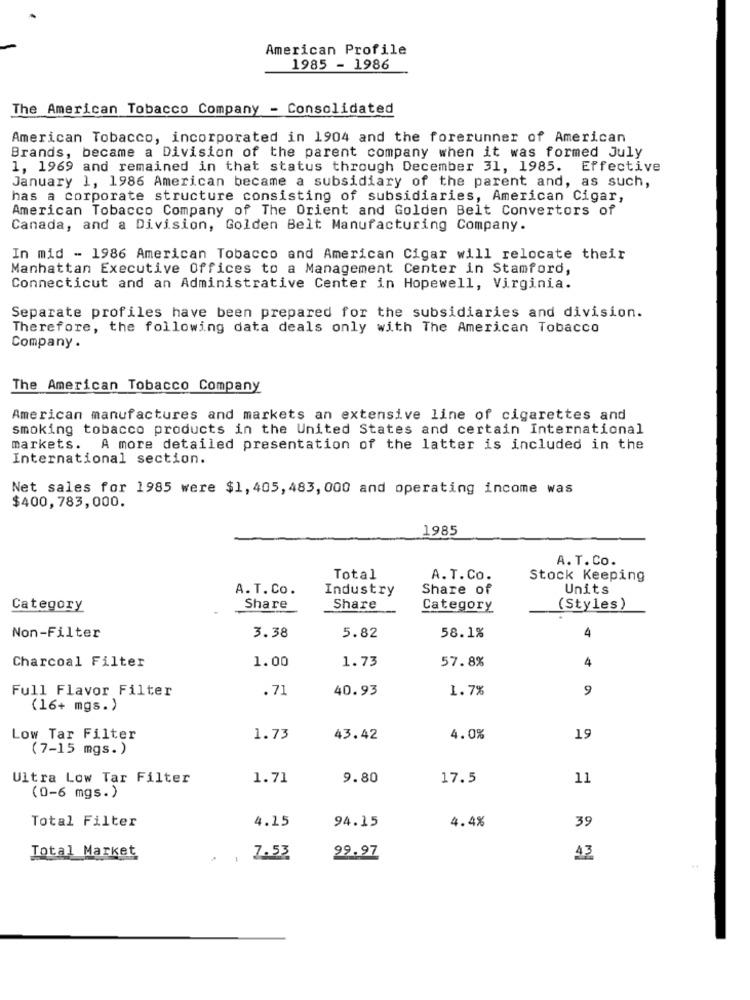
American Profile
1985 - 1986
The American Tobacco Company - Consolidated
American Tobacco, incorporated in 1904 and the forerunner of American
Brands, became a Division of the parent company when it was formed July
1, 1969 and remained in that status through December 31, 1985. Effective
January 1, 1986 American became a subsidiary of the parent and, as such,
has a corporate structure consisting of subsidiaries, American Cigar,
American Tobacco Company of The Orient and Golden Belt Convertors of
Canada, and a Division, Golden Belt Manufacturing Company.
In mid - 1986 American Tobacco and American Cigar will relocate their
Manhattan Executive Offices to a Management Center in Stamford,
Connecticut and an Administrative Center in Hopewell, Virginia.
Separate profiles have been prepared for the subsidiaries and division.
Therefore, the following data deals only with The American Tobacco
Company .
The American Tobacco Company
American manufactures and markets an extensive line of cigarettes and
smoking tobacco products in the United States and certain International
markets. A more detailed presentation of the latter is included in the
International section.
Net sales for 1985 were $1, 405, 483, 000 and operating income was
$400,783,000.
1985
A. T. Co.
Total
A.T.Co.
Stock Keeping
A. T. Co.
Industry
Share of
Units
Category
Share
Share
Category
(Styles)
4
Non-Filter
3.38
5.82
58.1%
1.00
1.73
57.8%
4
Charcoal Filter
Full Flavor Filter
.71
40.93
1.7%
9
(16+ mgs.)
Low Tar Filter
1.73
43.42
4.0%
19
(7-15 mgs.)
Ultra Low Tar Filter
1.71
9.80
17.5
11
(0-6 mgs.)
Total Filter
4.15
4.4%
39
94.15
Total Market
7.53
29.97
43